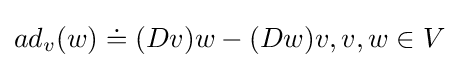
ad_{v}(w)\doteq (Dv)w-(Dw)v,v,w\in V